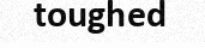
toughed